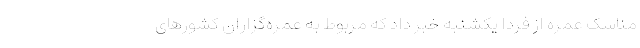
مناسک عمره از فردا یکشنبه خبر داد که مربوط به عمره‌گزاران کشورهای